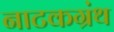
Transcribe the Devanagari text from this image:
नाटकग्रंथ